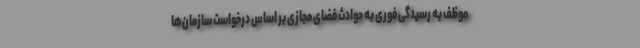
موظف به رسیدگی فوری به حوادث فضای مجازی بر اساس درخواست سازمان‌ها